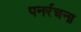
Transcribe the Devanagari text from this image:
पनर्रचना